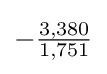
-{\tfrac {3,380}{1,751}}